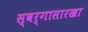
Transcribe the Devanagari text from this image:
स्वर्गासारखा